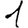
Digit: 1